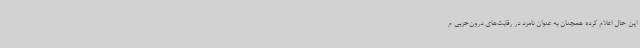
این حال اعلام کرده همچنان به عنوان نامزد در رقابت‌های درون‌حزبی م